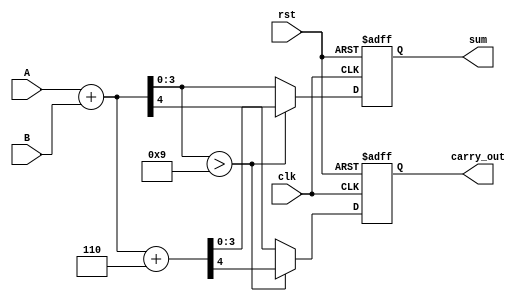
module BCD_Redundant_Binary_Adder (
    input wire [3:0] A,        // BCD input A
    input wire [3:0] B,        // BCD input B
    input wire clk,            // Clock signal for synchronous operation
    input wire rst,            // Reset signal
    output reg [3:0] sum,      // BCD output sum
    output reg carry_out       // Carry-out bit
);

    // Internal signals for addition
    wire [4:0] temp_sum;       // 5-bit wide to accommodate carry
    wire [4:0] adjusted_sum;   // 5-bit for adjusted sum

    // BCD constant for adjustment
    localparam [3:0] BCD_ADJUSTMENT = 4'd6; // Binary 0110

    // Full Adder for BCD addition
    assign temp_sum = {1'b0, A} + {1'b0, B};

    always @(posedge clk or posedge rst) begin
        if (rst) begin
            sum <= 4'b0000;      // Reset sum
            carry_out <= 1'b0;   // Reset carry_out
        end else begin
            // Initial results
            sum <= temp_sum[3:0]; // Lower 4 bits for sum
            carry_out <= temp_sum[4]; // MSB as carry_out
            
            // Check if the sum exceeds 9 (1001)
            if (temp_sum[3:0] > 4'b1001) begin
                // Adjust the sum by adding 6 (0110)
                adjusted_sum = temp_sum + BCD_ADJUSTMENT;
                sum <= adjusted_sum[3:0]; // Take lower 4 bits for adjusted sum
                carry_out <= adjusted_sum[4]; // Update carry_out accordingly
            end
        end
    end
endmodule